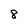
Character: 8